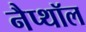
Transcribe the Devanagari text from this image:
नैप्थॉल